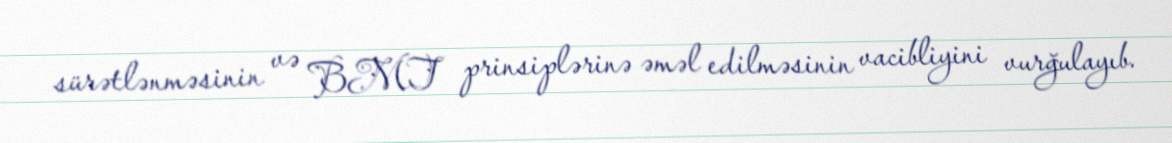
sürətlənməsinin və BMT prinsiplərinə əməl edilməsinin vacibliyini vurğulayıb.